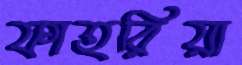
ফাহরিয়া